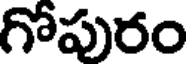
గోపురం